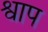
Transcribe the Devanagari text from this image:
श्वाप